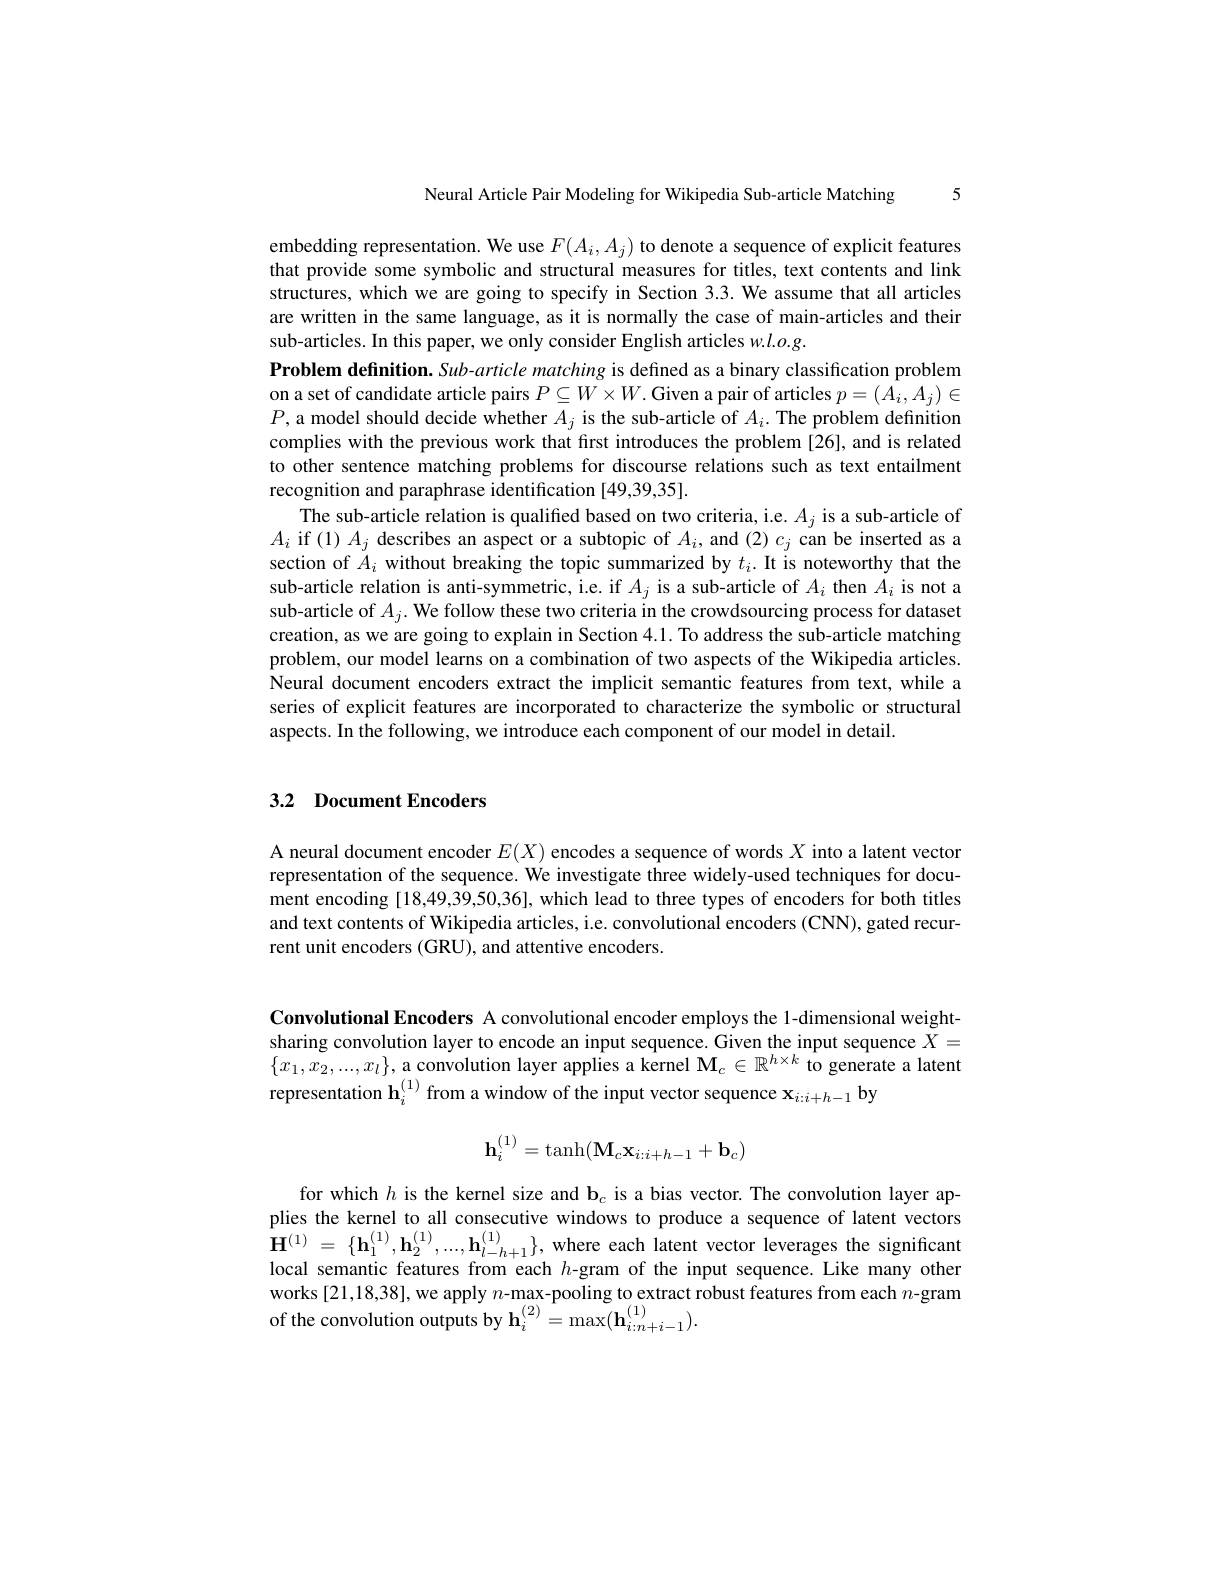
5

Neural Article Pair Modeling for Wikipedia Sub-article Matching

embedding representation. We use $F(A_i,A_j)$ to denote a sequence of explicit features that provide some symbolic and structural measures for titles, text contents and link structures, which we are going to specify in Section 3.3. We assume that all articles are written in the same language, as it is normally the case of main-articles and their sub-articles. In this paper, we only consider English articles $w.l.o.g.$
Problem definition. Sub-article matching is defined as a binary classification problem on a set of candidate article pairs $P\subseteq W\times W.$ Given a pair of articles $p=(A_i,A_j)\in$ $P$, a model should decide whether $A_j$ is the sub-article of $A_i.$ The problem definition complies with the previous work that first introduces the problem [26], and is related to other sentence matching problems for discourse relations such as text entailment recognition and paraphrase identification [49,39,35].
The sub-article relation is qualified based on two criteria, i.e. $A_j$ is a sub-article of $A_i$ if (1) $A_j$ describes an aspect or a subtopic of $A_i$, and (2) $c_j$ can be inserted as a section of $A_i$ without breaking the topic summarized by $t_i.$ It is noteworthy that the sub-article relation is anti-symmetric, i.e. if $A_j$ is a sub-article of $A_i$ then $A_i$ is not a sub-article of $A_j.$ We follow these two criteria in the crowdsourcing process for dataset creation, as we are going to explain in Section 4.1. To address the sub-article matching problem, our model learns on a combination of two aspects of the Wikipedia articles. Neural document encoders extract the implicit semantic features from text, while a series of explicit features are incorporated to characterize the symbolic or structural aspects. In the following, we introduce each component of our model in detail.

## 3.2 Document Encoders

A neural document encoder $E(X)$ encodes a sequence of words $X$ into a latent vector representation of the sequence. We investigate three widely-used techniques for document encoding [18,49,39,50,36], which lead to three types of encoders for both titles and text contents of Wikipedia articles, i.e. convolutional encoders (CNN), gated recurrent unit encoders (GRU), and attentive encoders.

Convolutional Encoders A convolutional encoder employs the 1-dimensional weightsharing convolution layer to encode an input sequence. Given the input sequence $X=$ $\{x_1,x_2,...,x_l\}$, a convolution layer applies a kernel $\mathbf{M}_c\in\mathbb{R}^{h\times k}\hat{\text{to generate a latent}}$ representation $\mathbf{h}_i^{(1)}$ from a window of the input vector sequence x$_i:i+h-1$ by
$$\mathbf{h}_i^{(1)}=\tanh(\mathbf{M}_c\mathbf{x}_{i:i+h-1}+\mathbf{b}_c)$$
for which $h$ is the kernel size and b$_c$ is a bias vector. The convolution layer applies the kernel to all consecutive windows to produce a sequence of latent vectors $\begin{array}{rcl}\mathbf{H}^{(1)}&=&\{\mathbf{h}_{1}^{(1)},\mathbf{h}_{2}^{(1)},...,\mathbf{h}_{l-h+1}^{(1)}\},\mathrm{~where~each~latent~vector~leverages~the~significant}\\\mathrm{local~semantic~features~from~each~}h-\mathrm{gram~of~the~input~sequence.~Like~many~other}\end{array}$ works[21,18,38], we apply $n$-max-pooling to extract robust features from each $n$-gram of the convolution outputs by $\mathbf{h}_i^{(2)}=\max(\mathbf{h}_{i:n+i-1}^{(1)}).$